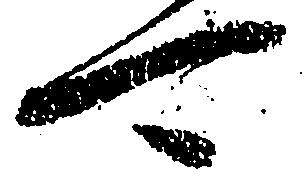
可